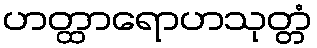
ဟတ္ထာရောဟသုတ္တံ